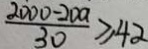
\frac { 2 0 0 0 - 2 0 a } { 3 0 } \geq 4 2